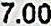
7.00